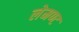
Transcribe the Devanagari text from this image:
लेमण्ट